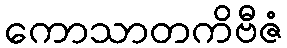
ကောသာတကိဗီဇံ